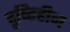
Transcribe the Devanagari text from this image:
दृष्‍टिहीन